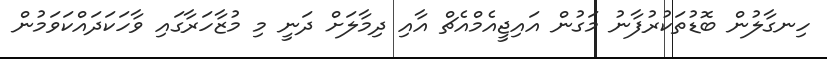
ހިނގާލުން ބޮޑުތަކުރުފާނު މަގުން އައިޖީއެމްއެޗް އާއި ދިމާލަށް ދަނީ މި މުޒާހަރާގައި ވާހަކަދައްކަވަމުން